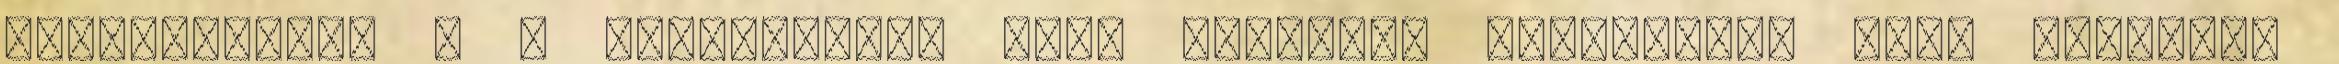
jóváhagyása: a A jogszabályi vagy hatósági kötelezés, vagy eltérési